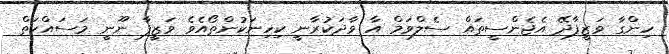
ހިންގާ ވަޒީފާދޭ އެޖެންސީތައް ސެލްވަމް އާ ވާދަކުރާނީ ކިހިނަކުންތޯއެވެ ވަޒީފާ ނޫނީ މަސައްކަތް